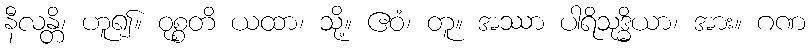
နီလန္တိ၊ ဟူ၍။ ဝုစ္စတိ ယထာ၊ သို့။ ဧဝံ၊ တူ။ အဿာ ပါရိသုဒ္ဓိယာ၊ အား။ ဂဏ